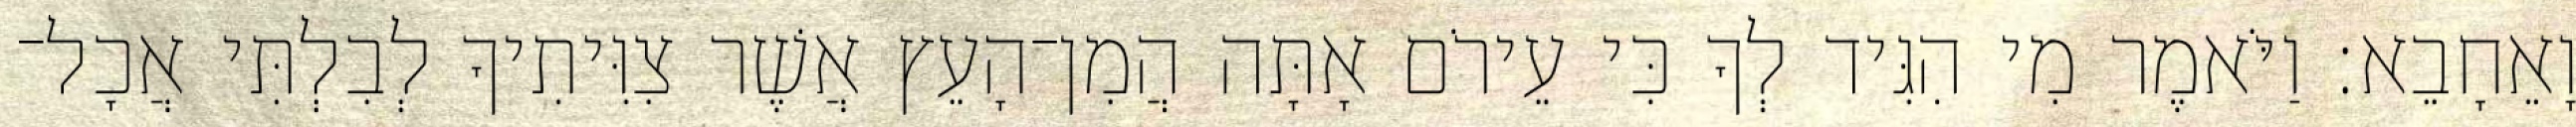
וָאֵחָבֵא׃ וַיֹּאמֶר מִי הִגִּיד לְךָ כִּי עֵירֹם אָתָּה הֲמִן־הָעֵץ אֲשֶׁר צִוִּיתִיךָ לְבִלְתִּי אֲכָל־